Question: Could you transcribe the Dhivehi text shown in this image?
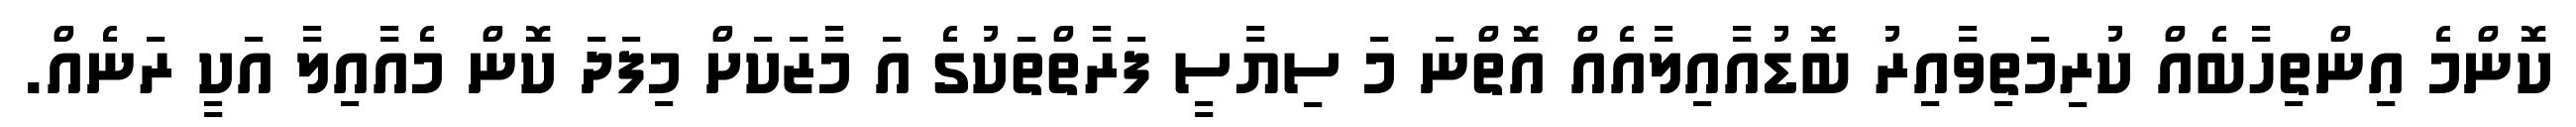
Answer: ކޮންމެ އިންތިހާބެއް ކުރިމަތިވާއިރު ބޮޑުއާއިލާއެއް އޮތްނަ މަ ސިޔާސީ ފަރާތްތަކުގެ އަ މާޒަކަށް މިފަދަ ކޮން މެއާއިލާ އަކީ ރަނެއް.